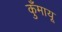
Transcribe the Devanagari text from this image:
कुँमायू